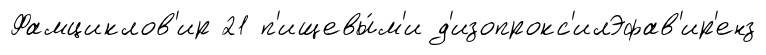
Фамциклов'ир 21 п'ищевы́м'и д'изопрокс'илЭфав'ир'енз